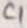
Text: R3